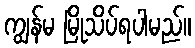
ကျွန်မ မြိုသိပ်ရပါမည်။